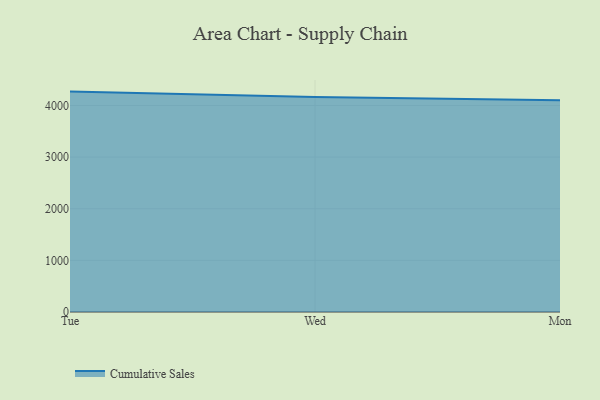
{"axis": {"x": "Day", "y": "Temperature (°C)"}, "legend": ["Cumulative Sales"], "data": [{"x": "Tue", "y": 4268.1, "type": "Cumulative Sales"}, {"x": "Wed", "y": 4163.9, "type": "Cumulative Sales"}, {"x": "Mon", "y": 4099.8, "type": "Cumulative Sales"}]}